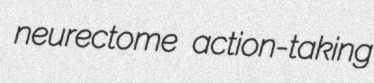
neurectome action-taking